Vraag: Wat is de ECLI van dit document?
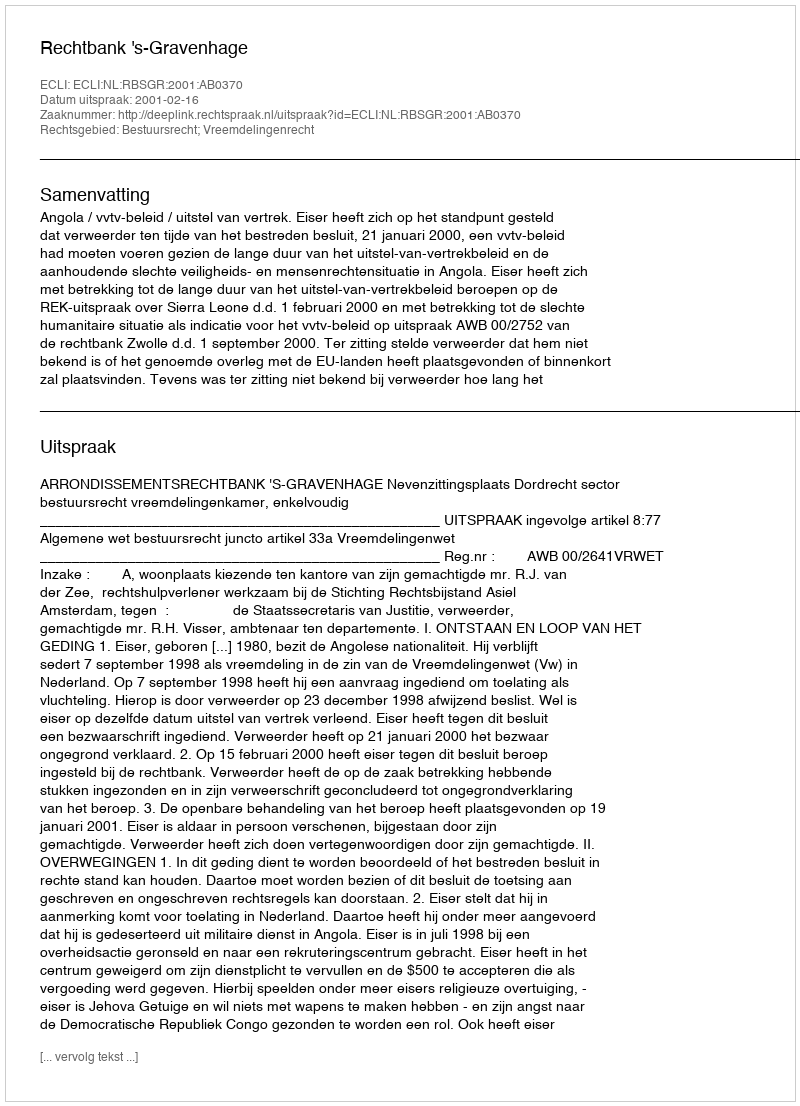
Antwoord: ECLI:NL:RBSGR:2001:AB0370